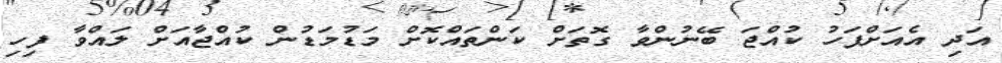
އަދި އެއަށްފަހު ކުއްޖަ ބޭނުންވާ ގޮތަށް ކަންތައްކޮށް މަޑުމަޑުން ކުއްޖާއަށް ލައްވާ ފިހި